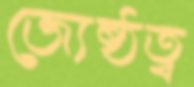
জ্যেষ্ঠত্ব